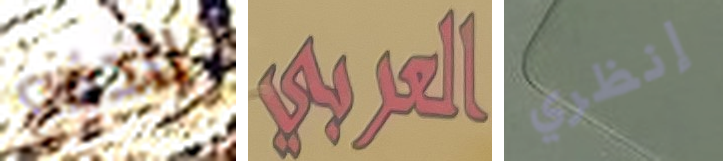
للدفع العربي إنظري